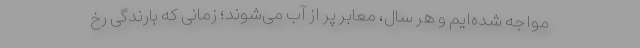
مواجه شده‌ایم و هر سال، معابر پر از آب می‌شوند؛ زمانی که بارندگی رخ